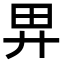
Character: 𢌿